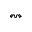
\leftrightsquigarrow